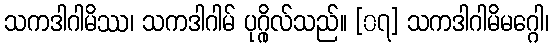
သကဒါဂါမိဿ၊ သကဒါဂါမ် ပုဂ္ဂိုလ်သည်။ [၀၇] သကဒါဂါမိမဂ္ဂေါ၊